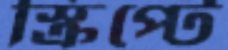
স্ক্রিপ্টে